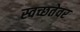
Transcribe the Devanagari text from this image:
स्वच्छतेवर